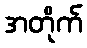
အတိုက်